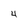
Character: 4